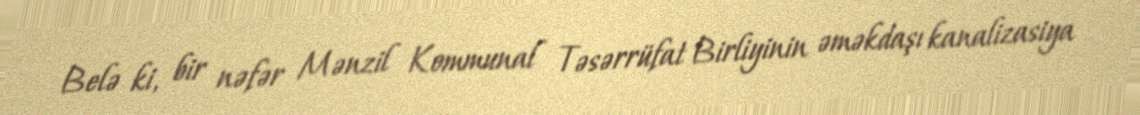
Belə ki, bir nəfər Mənzil Kommunal Təsərrüfat Birliyinin əməkdaşı kanalizasiya